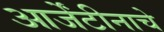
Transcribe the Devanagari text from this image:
आर्जेंटीनाचे